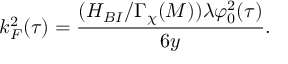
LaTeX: k _ { F } ^ { 2 } ( \tau ) = \frac { ( H _ { B I } / \Gamma _ { \chi } ( M ) ) \lambda \varphi _ { 0 } ^ { 2 } ( \tau ) } { 6 y } .